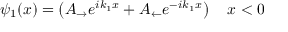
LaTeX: \psi _ { 1 } ( x ) = \left( A _ { \rightarrow } e ^ { i k _ { 1 } x } + A _ { \leftarrow } e ^ { - i k _ { 1 } x } \right) \quad x < 0